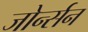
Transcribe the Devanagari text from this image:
जोर्न्सन